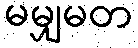
မမျှမတ